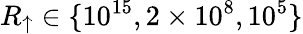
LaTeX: R_{\uparrow}\in\{ 10^{15},2\times 10^{8},10^{5}\}